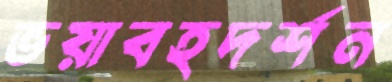
ভয়াবহদর্শন